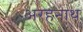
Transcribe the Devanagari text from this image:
अरहनाथ